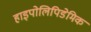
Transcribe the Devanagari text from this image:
हाइपोलिपिडेमिक